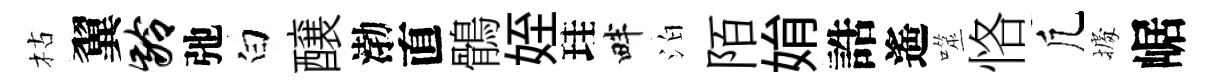
枯翼龄弛白醸渤直鶻姪珪畔泊陌姢誥遙噬恪凢𢴃崌